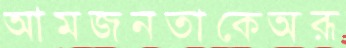
আমজনতাকেঅরূ